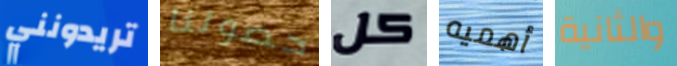
تريدونني حصولنا كل أهميه والثانية